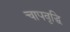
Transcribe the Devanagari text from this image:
चापवृद्धि